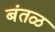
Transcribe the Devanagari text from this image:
बंतळ